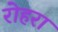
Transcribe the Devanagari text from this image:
रोहरा